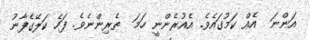
އަންނަ  އެއް ކަމުގައެވެ. އެއުރެންނީ ހަމަ  ތެރިންނެވެ. ފަހެ ކަލޭގެފާނު